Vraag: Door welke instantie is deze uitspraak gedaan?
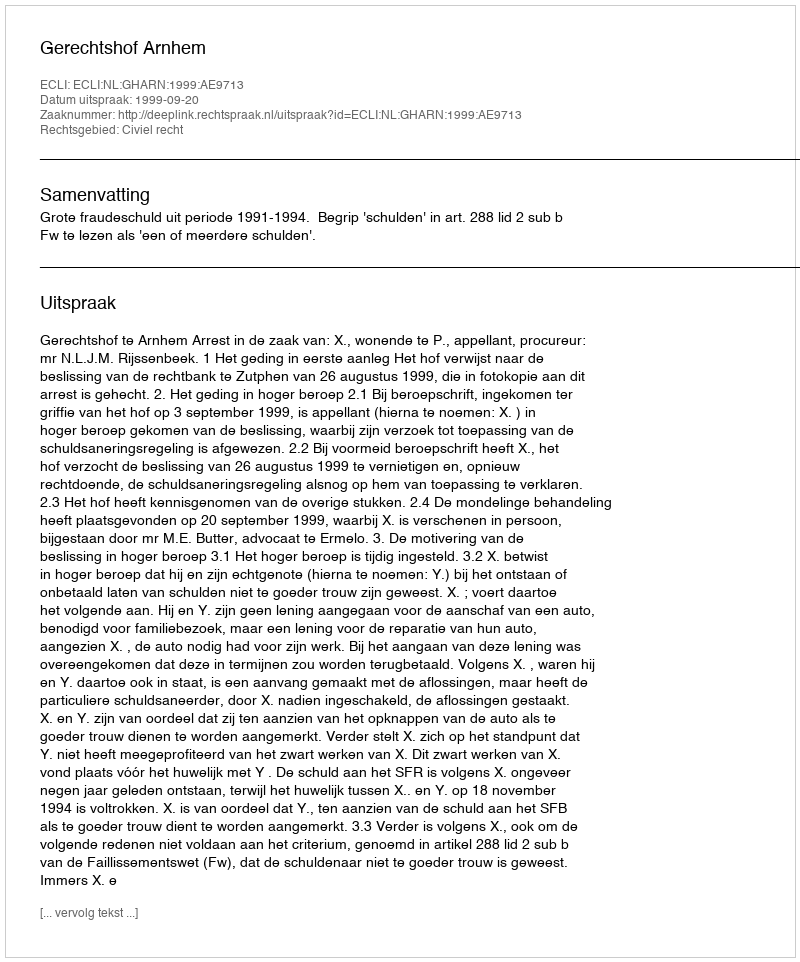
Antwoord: Gerechtshof Arnhem